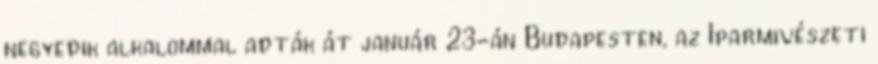
negyedik alkalommal adták át január 23-án Budapesten, az Iparmıvészeti